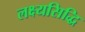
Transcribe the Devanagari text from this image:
लक्ष्यसिद्धि